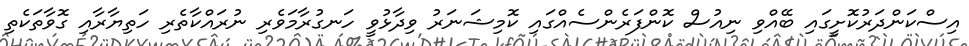
އިސްކަންދަރުކޮށީގައި ބޭއްވި ނިއުސް ކޮންފަރެންސެއްގައި ކޮމިޝަނަރު ވިދާޅުވީ ހަނގުރާމަވެރި ނުރައްކާތެރި ހަތިޔާރާއި ގޮވާތަކެތި